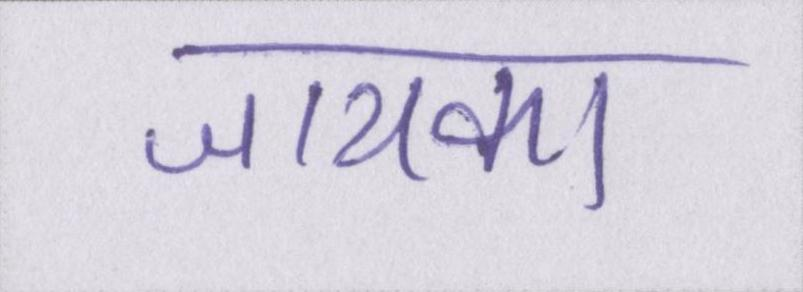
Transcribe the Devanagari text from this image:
जायका